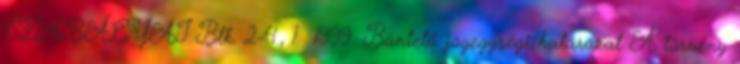
SZABÁLYAI Btk. 2-4., 1 1999. Büntető jogegységi határozat A törvény